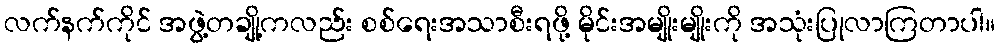
လက်နက်ကိုင် အဖွဲ့တချို့ကလည်း စစ်ရေးအသာစီးရဖို့ မိုင်းအမျိုးမျိုးကို အသုံးပြုလာကြတာပါ။